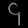
Digit: ၄